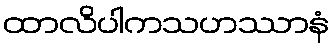
ထာလိပါကသဟဿာနံ